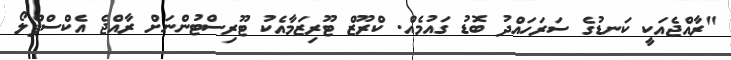
"ރާއްޖެއަކީ ކަނޑުގެ ސަރަހައްދު ބޮޑު ގައުމެއް. ކްރޫޒް ޓޫރިޒަމާއެކު ޓޫރިސްޓުންނަށް ރާއްޖެ އެކްސްޕްލޯ